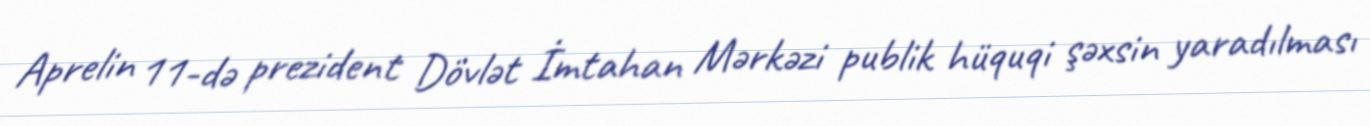
Aprelin 11-də prezident Dövlət İmtahan Mərkəzi publik hüquqi şəxsin yaradılması